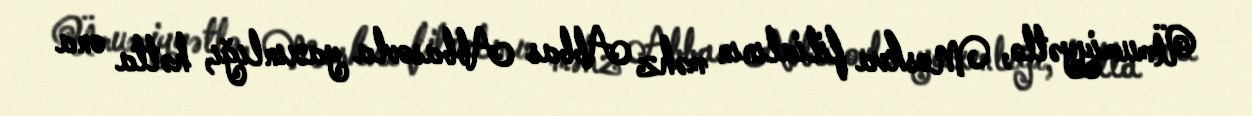
Ümumiyyətlə, Moskva filialının məhz Abbas Abbasovla yaxınlığı, hətta ona